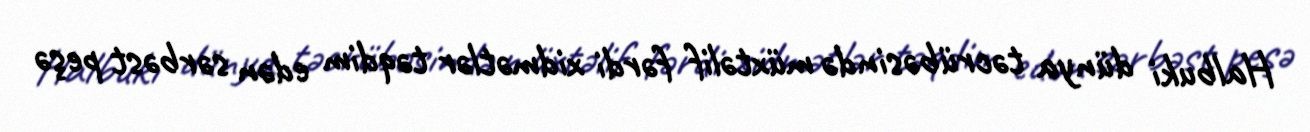
Halbuki dünya təcrübəsində müxtəlif fərdi xidmətlər təqdim edən sərbəst peşə